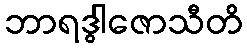
ဘာရဒွါဇောသီတိ